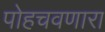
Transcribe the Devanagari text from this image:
पोहचवणारा